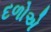
દળોએ